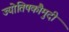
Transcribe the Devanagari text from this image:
ज्योतिषकौमुदी